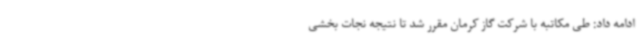
ادامه داد: طی مکاتبه با شرکت گاز کرمان مقرر شد تا نتیجه نجات بخشی